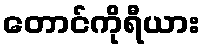
တောင်ကိုရီယား